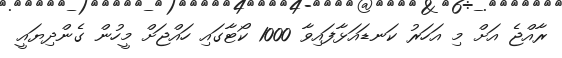
ރާއްޖެ އަށް މި އަހަރު ކަނޑައަޅާފައިވާ 1000 ކޯޓާގައި ހައްޖަށް މީހުން ގެންދިޔައީ